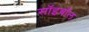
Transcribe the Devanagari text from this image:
सॉइबॉल